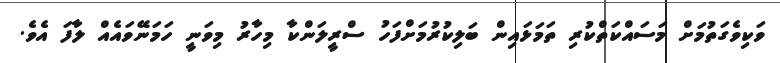
ވަކިވެގަތުމަށް މަސައްކަތްކުރި ތަމަޅައިން ބަލިކުރުމަށްފަހު ސްރީލަންކާ މިހާރު މިވަނީ ހަމަނޭވައެއް ލާފަ އެވެ.